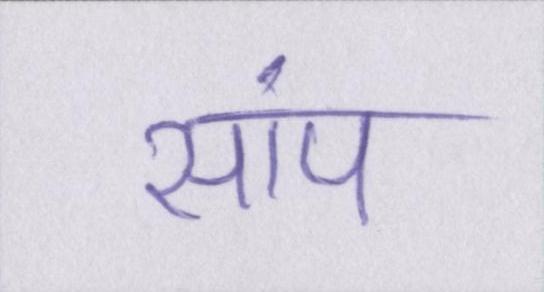
सांप